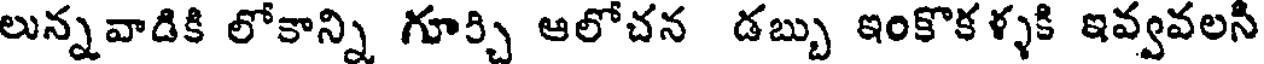
లున్నవాడికి లోకాన్ని గూర్చి ఆలోచన డబ్బు ఇంకొకళ్ళకి ఇవ్వవలసి